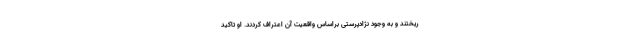
ریختند و به وجود نژادپرستی براساس واقعیت آن اعتراف کردند. او تاکید